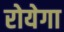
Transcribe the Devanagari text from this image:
रोयेगा